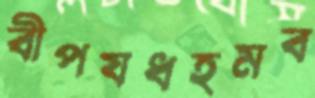
বীপযধহমব